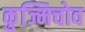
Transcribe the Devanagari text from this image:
कुज्मिचोव